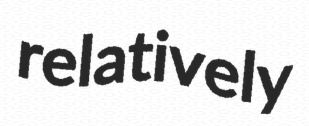
relatively